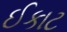
ઈકાટ